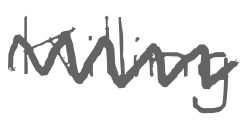
Text: Killing
Cross-out: zig-zag
Writing tool: digital_gray